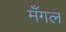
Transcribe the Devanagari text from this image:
मँगल